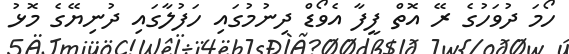
ހޯމަ ދުވަހުގެ ރޭ އޮތް ފީފާ އެވޯޑް ދިނުމުގައި ހަފުލާގައި ދުނިޔޭގެ މޮޅު